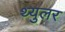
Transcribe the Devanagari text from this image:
थ्युलर